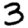
Digit: 3